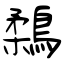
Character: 鶔